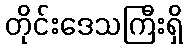
တိုင်းဒေသကြီးရှိ